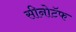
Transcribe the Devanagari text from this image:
सीनोटॅफ